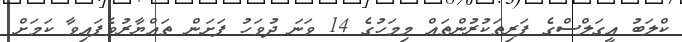
ކްލަބު އީގަލްސްގެ ފަރިތަކުރުންތައް މިމަހުގެ 14 ވަނަ ދުވަހު ފަށަން ތައްޔާރުވެފައިވާ ކަމަށް